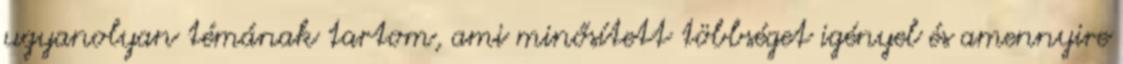
ugyanolyan témának tartom, ami minősített többséget igényel és amennyire